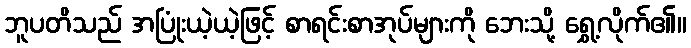
ဘူပတိသည် အပြုံးယဲ့ယဲ့ဖြင့် စာရင်းစာအုပ်များကို ဘေးသို့ ရွှေ့လိုက်၏။